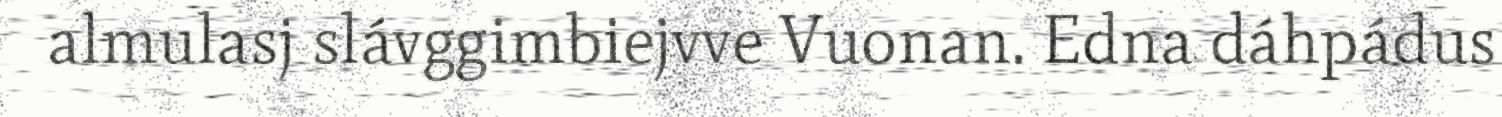
almulasj slávggimbiejvve Vuonan. Edna dáhpádus